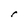
Character: r